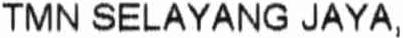
TMN SELAYANG JAYA,